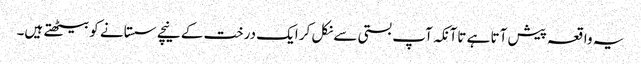
یہ واقعہ پیش آتا ہے تاآنکہ آپ بستی سے نکل کر ایک درخت کے نیچے سستانے کو بیٹھتے ہیں۔